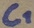
Text: C1